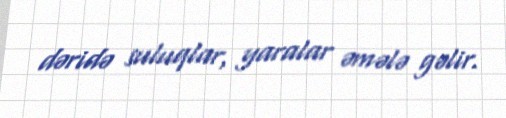
dəridə suluqlar, yaralar əmələ gəlir.